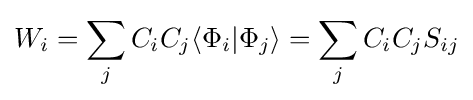
W_{i}=\sum \limits _{j}C_{i}C_{j}\langle \Phi _{i}|\Phi _{j}\rangle =\sum \limits _{j}C_{i}C_{j}S_{ij}